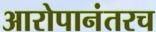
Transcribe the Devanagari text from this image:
आरोपानंतरच